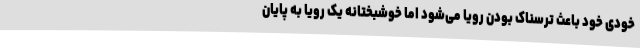
خودی خود باعث ترسناک بودن رویا می‌شود اما خوشبختانه یک رویا به پایان